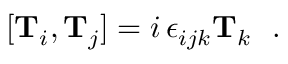
[ \mathbf { T } _ { i } , \mathbf { T } _ { j } ] = i \, \epsilon _ { i j k } \mathbf { T } _ { k } ~ ~ .